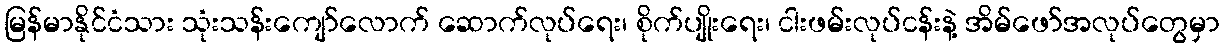
မြန်မာနိုင်ငံသား သုံးသန်းကျော်လောက် ဆောက်လုပ်ရေး၊ စိုက်ပျိုးရေး၊ ငါးဖမ်းလုပ်ငန်းနဲ့ အိမ်ဖော်အလုပ်တွေမှာ